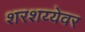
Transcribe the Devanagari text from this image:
शरशय्येवर